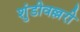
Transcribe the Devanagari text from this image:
शुंडीवल्लरी